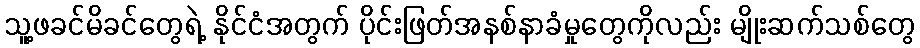
သူ့ဖခင်မိခင်တွေရဲ့ နိုင်ငံအတွက် ပိုင်းဖြတ်အနစ်နာခံမှုတွေကိုလည်း မျိုးဆက်သစ်တွေ